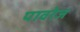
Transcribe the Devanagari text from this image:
पावरेज